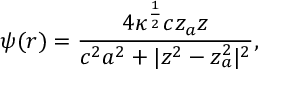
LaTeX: \psi ( r ) = { \frac { 4 \kappa ^ { { \frac { 1 } { 2 } } } c z _ { a } z } { c ^ { 2 } a ^ { 2 } + | z ^ { 2 } - z _ { a } ^ { 2 } | ^ { 2 } } } ,